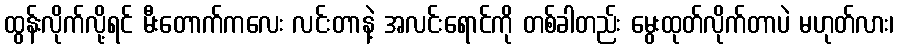
ထွန်းလိုက်လို့ရင် မီးတောက်ကလေး လင်းတာနဲ့ အလင်းရောင်ကို တစ်ခါတည်း မွေးထုတ်လိုက်တာပဲ မဟုတ်လား၊